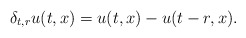
\begin{align*}\delta_{t,r}u(t,x)=u(t,x)-u(t-r,x).\end{align*}